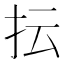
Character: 抎